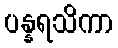
ပန္နရသိကာ